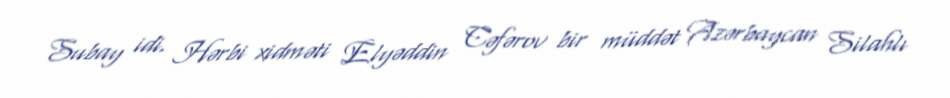
Subay idi. Hərbi xidməti Elyəddin Cəfərov bir müddət Azərbaycan Silahlı